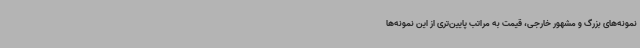
نمونه‌های بزرگ و مشهور خارجی، قیمت به مراتب پایین‌تری از این نمونه‌ها